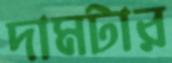
দামটার